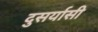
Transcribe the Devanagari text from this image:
दुसर्यासी